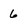
Character: 6